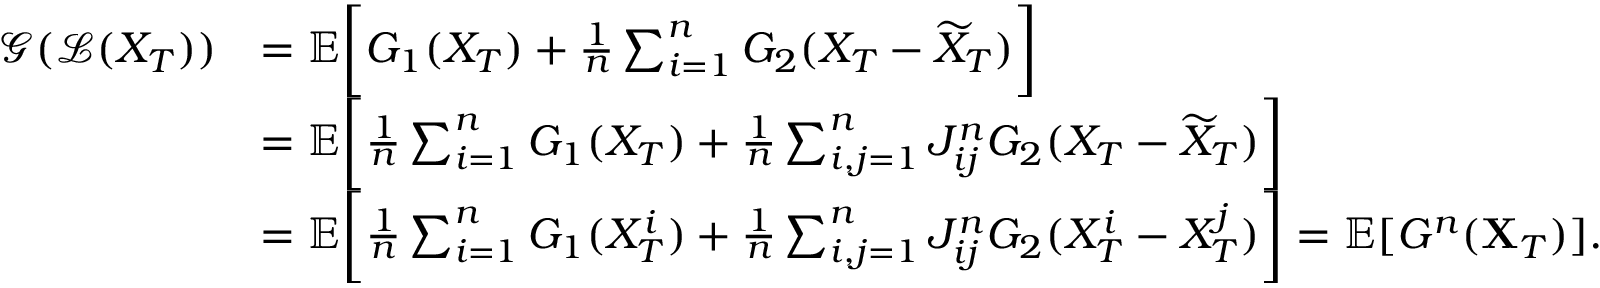
\begin{array} { r l } { \mathcal { G } ( \mathcal { L } ( X _ { T } ) ) } & { = { \mathbb E } \bigg [ G _ { 1 } ( X _ { T } ) + \frac { 1 } { n } \sum _ { i = 1 } ^ { n } G _ { 2 } ( X _ { T } - \widetilde { X } _ { T } ) \bigg ] } \\ & { = { \mathbb E } \bigg [ \frac { 1 } { n } \sum _ { i = 1 } ^ { n } G _ { 1 } ( X _ { T } ) + \frac { 1 } { n } \sum _ { i , j = 1 } ^ { n } J _ { i j } ^ { n } G _ { 2 } ( X _ { T } - \widetilde { X } _ { T } ) \bigg ] } \\ & { = { \mathbb E } \bigg [ \frac { 1 } { n } \sum _ { i = 1 } ^ { n } G _ { 1 } ( X _ { T } ^ { i } ) + \frac { 1 } { n } \sum _ { i , j = 1 } ^ { n } J _ { i j } ^ { n } G _ { 2 } ( X _ { T } ^ { i } - X _ { T } ^ { j } ) \bigg ] = { \mathbb E } [ G ^ { n } ( \mathbf { X } _ { T } ) ] . } \end{array}